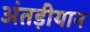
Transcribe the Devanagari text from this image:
अंतड़ीयान